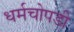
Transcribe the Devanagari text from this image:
धर्मचोपडी